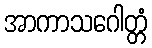
အာကာသဂေါတ္တံ